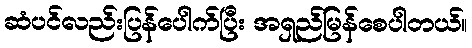
ဆံပင်လည်းပြန်ပေါက်ပြီး အရှည်မြန်စေပါတယ်။